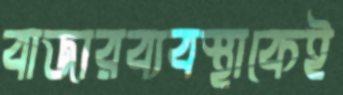
বাজারব্যবস্থাকেই